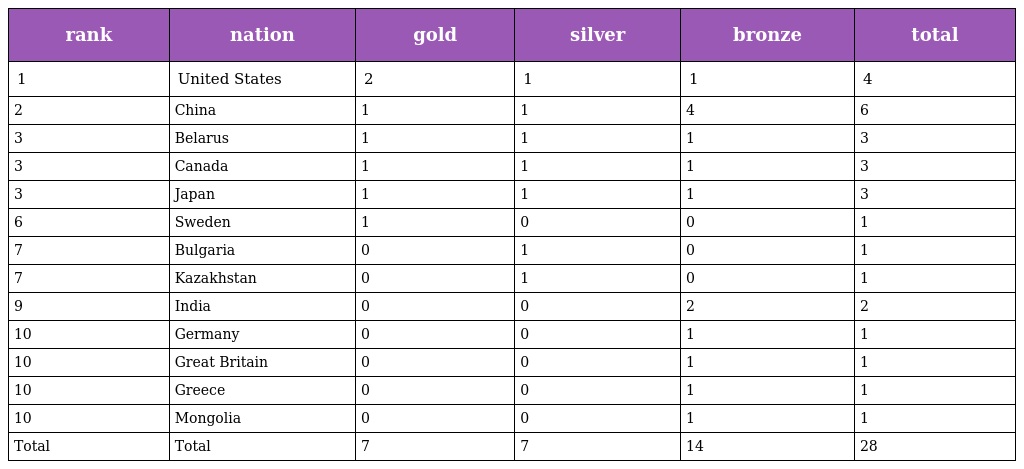
| rank | nation | gold | silver | bronze | total |
 | --- | --- | --- | --- | --- | --- |
 | 1 | United States | 2 | 1 | 1 | 4 |
 | 2 | China | 1 | 1 | 4 | 6 |
 | 3 | Belarus | 1 | 1 | 1 | 3 |
 | 3 | Canada | 1 | 1 | 1 | 3 |
 | 3 | Japan | 1 | 1 | 1 | 3 |
 | 6 | Sweden | 1 | 0 | 0 | 1 |
 | 7 | Bulgaria | 0 | 1 | 0 | 1 |
 | 7 | Kazakhstan | 0 | 1 | 0 | 1 |
 | 9 | India | 0 | 0 | 2 | 2 |
 | 10 | Germany | 0 | 0 | 1 | 1 |
 | 10 | Great Britain | 0 | 0 | 1 | 1 |
 | 10 | Greece | 0 | 0 | 1 | 1 |
 | 10 | Mongolia | 0 | 0 | 1 | 1 |
 | Total | Total | 7 | 7 | 14 | 28 |